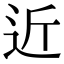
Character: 近